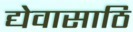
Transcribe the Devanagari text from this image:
द्येवासाठि